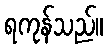
ရကုန်သည်။